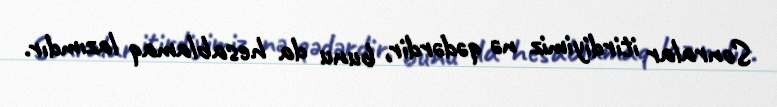
Sonralar itirdiyimiz nə qədərdir, bunu da hesablamaq lazımdır.